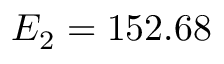
E _ { 2 } = 1 5 2 . 6 8